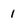
Character: 1